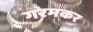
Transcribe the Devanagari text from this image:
गरमकर